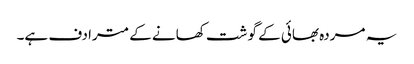
یہ مردہ بھائی کے گوشت کھانے کے مترادف ہے۔